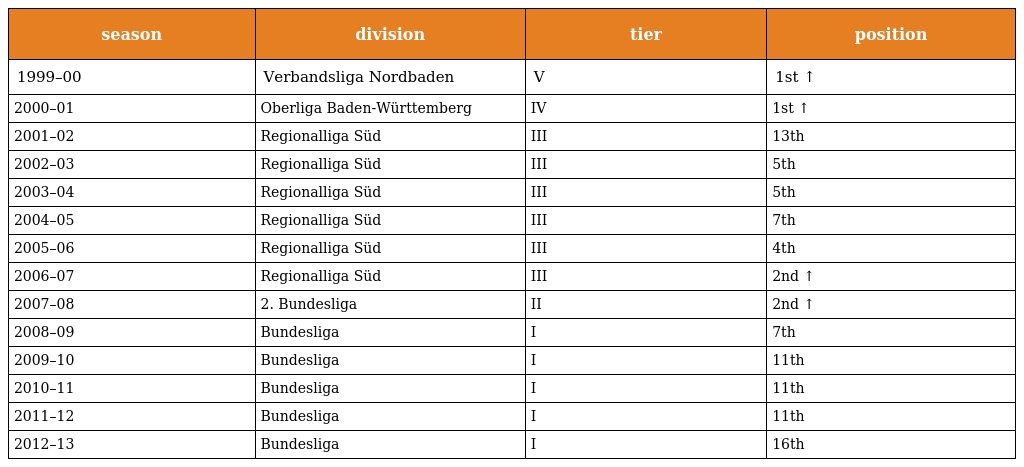
| season | division | tier | position |
 | --- | --- | --- | --- |
 | 1999–00 | Verbandsliga Nordbaden | V | 1st ↑ |
 | 2000–01 | Oberliga Baden-Württemberg | IV | 1st ↑ |
 | 2001–02 | Regionalliga Süd | III | 13th |
 | 2002–03 | Regionalliga Süd | III | 5th |
 | 2003–04 | Regionalliga Süd | III | 5th |
 | 2004–05 | Regionalliga Süd | III | 7th |
 | 2005–06 | Regionalliga Süd | III | 4th |
 | 2006–07 | Regionalliga Süd | III | 2nd ↑ |
 | 2007–08 | 2. Bundesliga | II | 2nd ↑ |
 | 2008–09 | Bundesliga | I | 7th |
 | 2009–10 | Bundesliga | I | 11th |
 | 2010–11 | Bundesliga | I | 11th |
 | 2011–12 | Bundesliga | I | 11th |
 | 2012–13 | Bundesliga | I | 16th |